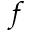
f